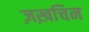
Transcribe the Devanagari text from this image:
ज़ख़चिन